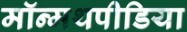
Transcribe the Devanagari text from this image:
मॉन्मथपीडिया